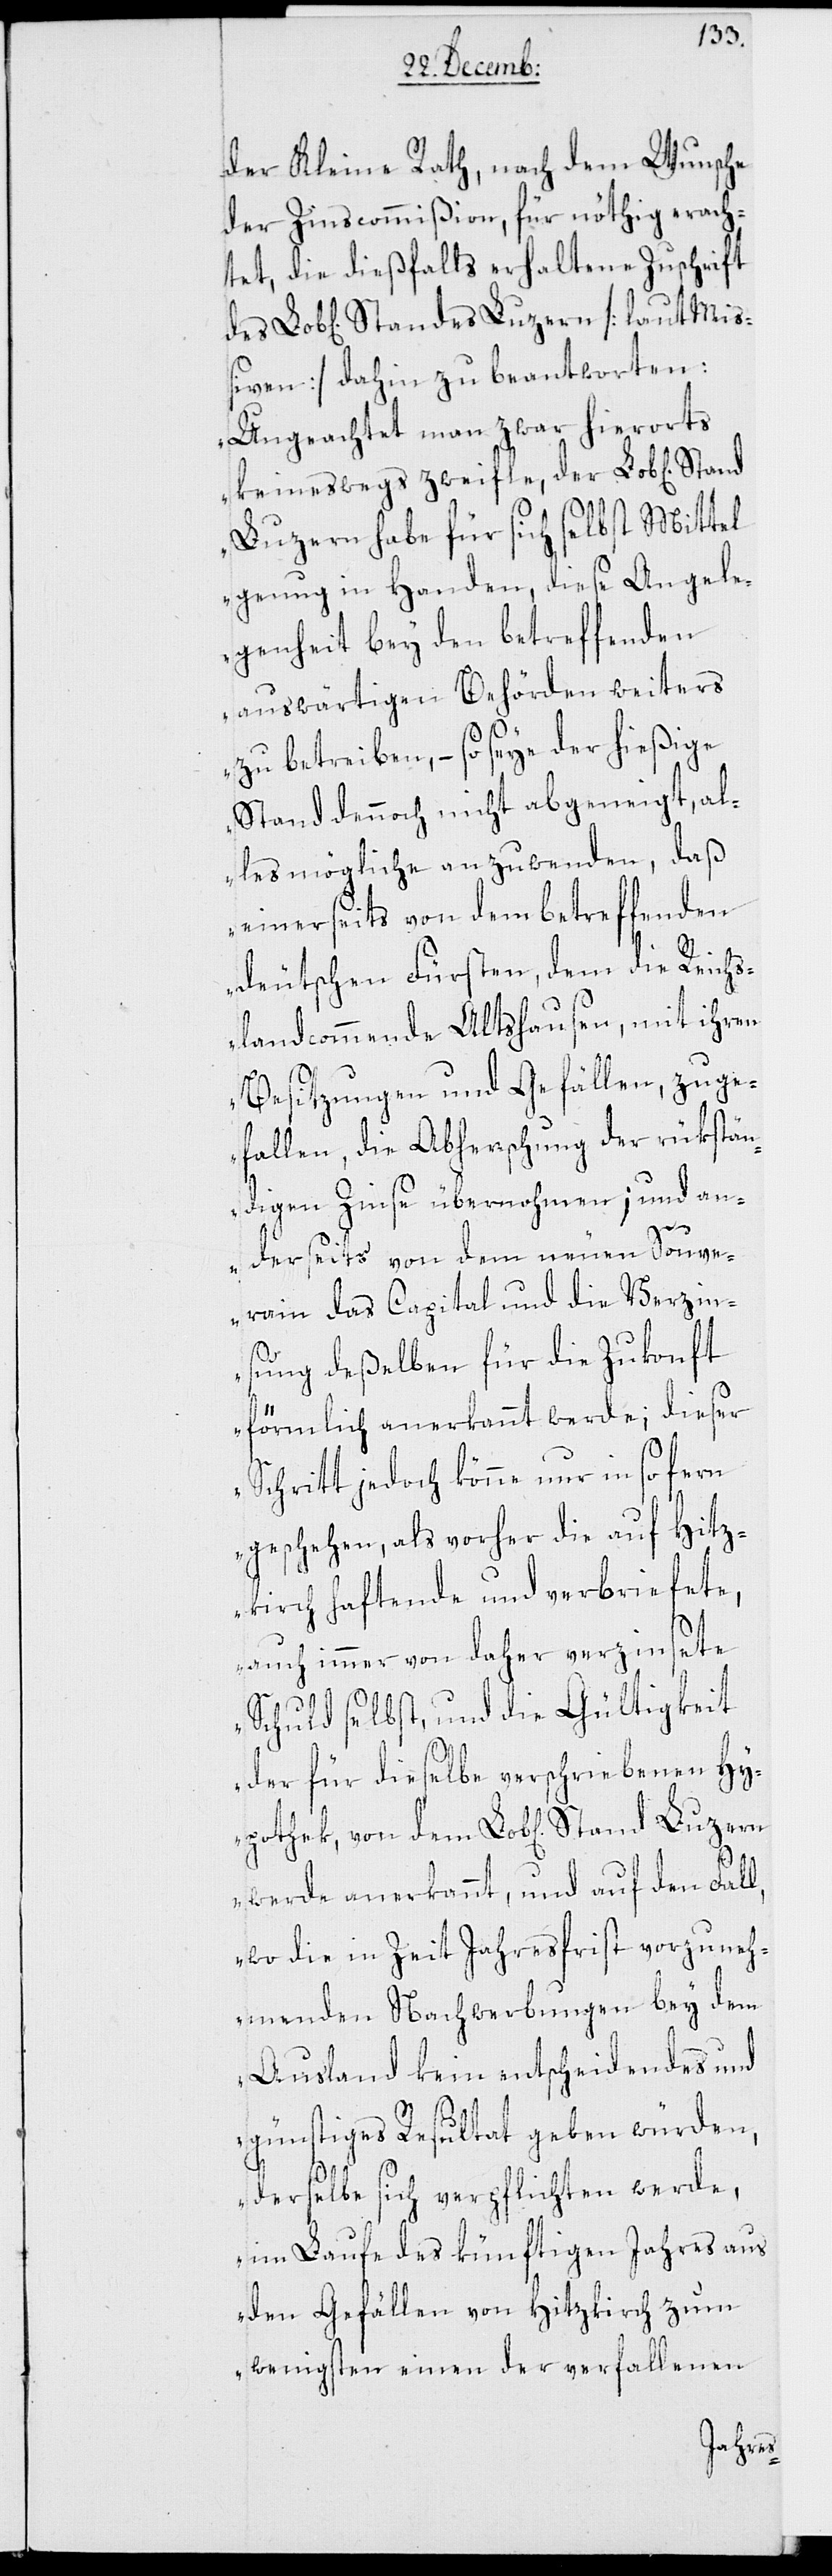
der Kleine Rath, nach dem Wunsche
der Zinscommißion für nöthig erach¬
tet, die dießfalls erhaltene Zuschrift
iven] dahin zu beantworten:
„Ungeachtet man zwar hierorts
keineswegs zweifle, der Lob[liche]
Luzern habe für sich selbst Mittel
genug in Handen, diese Angele¬
genheit bey den betreffenden
auswärtigen Behörden weiters
zu betreiben, – so seye der hießige
Stand dennoch nicht abgeneigt, al¬
les mögliche anzuwenden, daß
einerseits von dem betreffenden
deutschen Fürsten, dem die Reichs¬
landcommende Altshausen, mit ihren
Besitzungen und Gefällen zuge¬
fallen, die Abherrschung der rükstän¬
digen Zinse übernohmen; und an¬
Miß¬
derseits von dem neuen Souve¬
rain das Capital und die Verzin¬
sung deßelben für die Zukonft
förmlich anerkannt werde; dieser
Schritt jedoch könne nur in so fern
geschehen, als vorher die auf Hitz¬
kirch haftende und verbriefete,
auch immer von daher verzinsete
Schuld selbst, und die Gültigkeit
der für dieselbe verschriebenen Hy¬
werde anerkannt, und auf den Fall,
wo die in Zeit Jahresfrist vorzuneh¬
menden Nachwerbungen bey dem
Ausland kein entscheidendes und
pothek,
günstiges Resultat geben würden,
derselbe sich verpflichten werde,
im Laufe des künftigen Jahres aus
den Gefällen von Hitzkirch zum
wenigsten einen der verfallenden